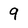
Character: 9